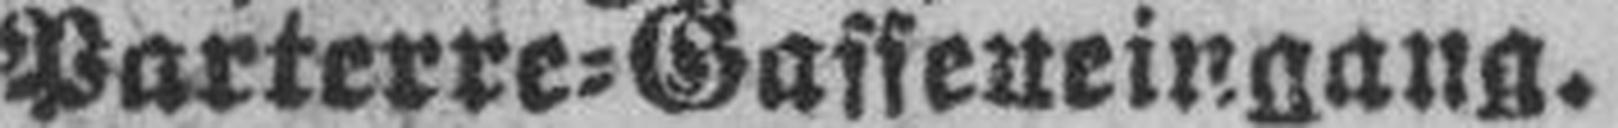
Parterre=Gasseneingang.